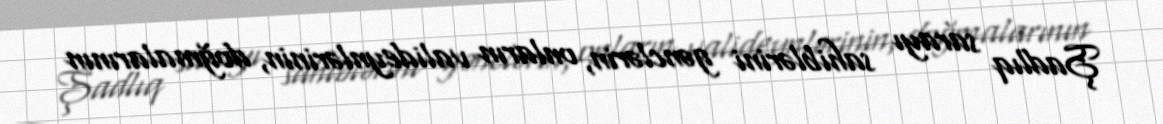
Şadlıq sarayı sahiblərini gənclərin, onların valideynlərinin, doğmalarının